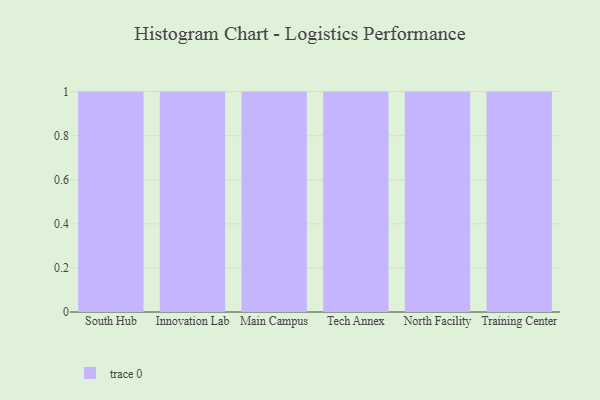
{"axis": {"x": "Campus", "y": "Population (Million)"}, "legend": [""], "data": [{"x": "South Hub", "y": 70, "type": ""}, {"x": "Innovation Lab", "y": 34, "type": ""}, {"x": "Main Campus", "y": 70, "type": ""}, {"x": "Tech Annex", "y": 79, "type": ""}, {"x": "North Facility", "y": 7, "type": ""}, {"x": "Training Center", "y": 80, "type": ""}]}